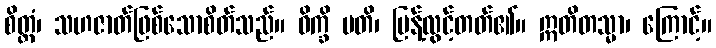
စိတ္တံ၊ သဟဇာတ်ဖြစ်သောစိတ်သည်။ ဝိက္ခိ ပတိ၊ ပြန့်လွင့်တတ်၏။ ဣတိတသ္မာ၊ ကြောင့်။